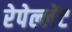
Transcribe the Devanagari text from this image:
रेपेल्लेंट